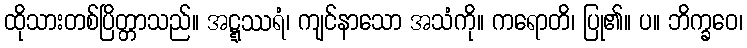
ထိုသားတစ်ပြိတ္တာသည်။ အဋ္ဋဿရံ၊ ကျင်နာသော အသံကို။ ကရောတိ၊ ပြု၏။ ပ။ ဘိက္ခဝေ၊